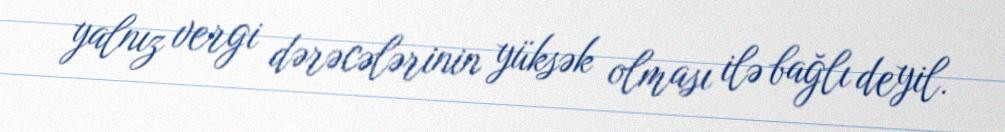
yalnız vergi dərəcələrinin yüksək olması ilə bağlı deyil.